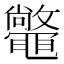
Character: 𣀴